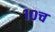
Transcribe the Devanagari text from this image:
१०च